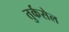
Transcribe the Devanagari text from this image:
तुर्कसेल